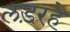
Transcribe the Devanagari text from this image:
लड़रहे